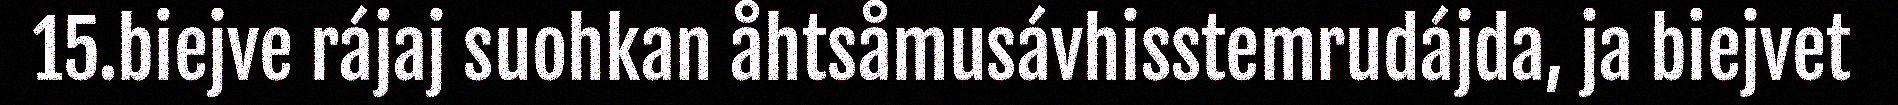
15.biejve rájaj suohkan åhtsåmusávhisstemrudájda, ja biejvet